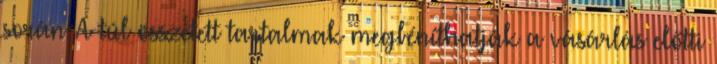
során. A túl összetett tartalmak megbéníthatják a vásárlás előtti